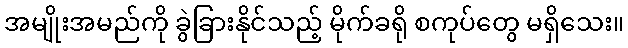
အမျိုးအမည်ကို ခွဲခြားနိုင်သည့် မိုက်ခရို စကုပ်တွေ မရှိသေး။